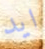
ايد